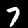
Label: 7